Indian journal of veterinary science and animal husbandry - Volume 3,
Year: 1933
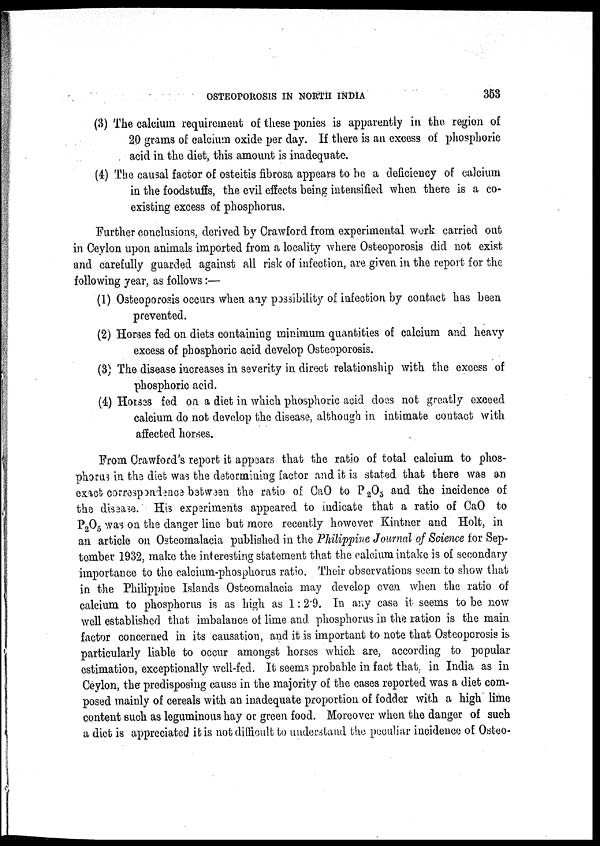
OSTEOPOROSIS IN NORTH INDIA
353
(3) The calcium requirement of these ponies is apparently in the region of
20 grams of calcium oxide per day. If there is an excess of phosphoric
acid in the diet, this amount is inadequate.
(4) The causal factor of osteitis fibrosa appears to be a deficiency of calcium
in the foodstuffs, the evil effects being intensified when there is a co-
existing excess of phosphorus.
Further conclusions, derived by Crawford from experimental work carried out
in Ceylon upon animals imported from a locality where Osteoporosis did not exist
and carefully guarded against all risk of infection, are given in the report for the
following year, as follows:—
(1) Osteoporosis occurs when any possibility of infection by contact has been
prevented.
(2) Horses fed on diets containing minimum quantities of calcium and heavy
excess of phosphoric acid develop Osteoporosis.
(3) The disease increases in severity in direct relationship with the excess of
phosphoric acid.
(4) Horses fed on a diet in which phosphoric acid does not greatly exceed
calcium do not develop the disease, although in intimate contact with
affected horses.
From Crawford's report it appears that the ratio of total calcium to phos-
phorus in the diet was the determining factor and it is stated that there was an
exact correspondence between the ratio of CaO to P 2 O 5 and the incidence of
the disease. His experiments appeared to indicate that a ratio of CaO to
P 2 O 5 was on the danger line but more recently however Kintner and Holt, in
an article on Osteomalacia published in the Philippine Journal of Science for Sep-
tember 1932, make the interesting statement that the calcium intake is of secondary
importance to the calcium-phosphorus ratio. Their observations seem to show that
in the Philippine Islands Osteomalacia may develop even when the ratio of
calcium to phosphorus is as high as 1: 2.9. In any case it seems to be now
well established that imbalance of lime and phosphorus in the ration is the main
factor concerned in its causation, and it is important to note that Osteoporosis is
particularly liable to occur amongst horses which are, according to popular
estimation, exceptionally well-fed. It seems probable in fact that. in India as in
Ceylon, the predisposing cause in the majority of the cases reported was a diet com-
posed mainly of cereals with an inadequate proportion of fodder with a high lime
content such as leguminous hay or green food. Moreover when the danger of such
a diet is appreciated it is not difficult to understand the peculiar incidence of Osteo-¬